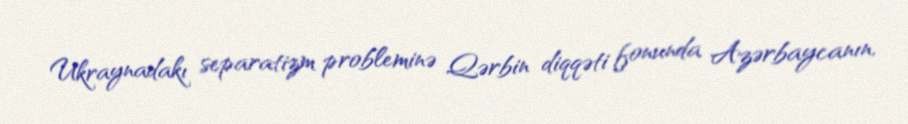
Ukraynadakı separatizm probleminə Qərbin diqqəti fonunda Azərbaycanın,